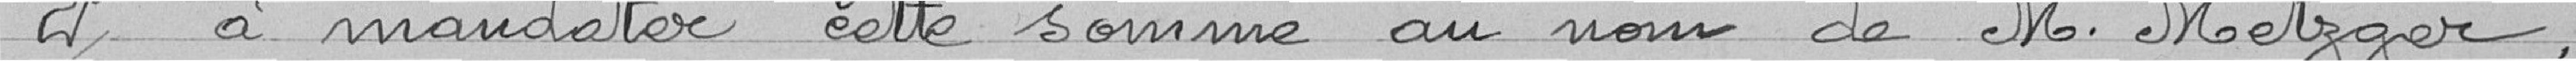
2° à mandater cette somme au nom de Monsieur Metzger,